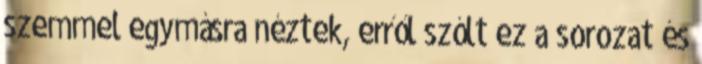
szemmel egymásra néztek, erről szólt ez a sorozat és